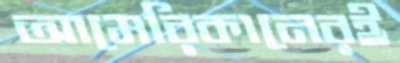
আমেরিকানেরই